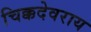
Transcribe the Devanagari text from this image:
चिक्कदेवराय